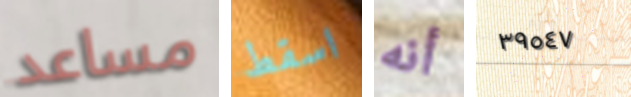
مساعد اسقط أنه ٣٩٥٤٧